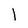
Character: l